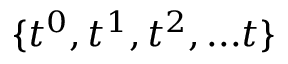
\{ t ^ { 0 } , t ^ { 1 } , t ^ { 2 } , . . . t \}